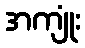
အကျုံး